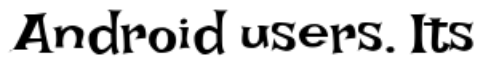
Android users. Its